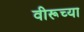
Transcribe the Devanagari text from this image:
वीरूच्या